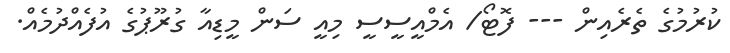
ކުރުމުގެ ތެރެއިން --- ފޮޓޯ/ އެމްއީސީސީ މިއީ ސަން މީޑިއާ ގުރޫޕުގެ އުފެއްދުމެއް.